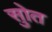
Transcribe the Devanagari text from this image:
सुोत